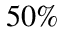
5 0 \%